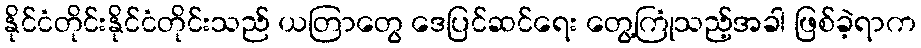
နိုင်ငံတိုင်းနိုင်ငံတိုင်းသည် ယတြာတွေ ဒေပြင်ဆင်ရေး တွေ့ကြုံသည့်အခါ ဖြစ်ခဲ့ရာက